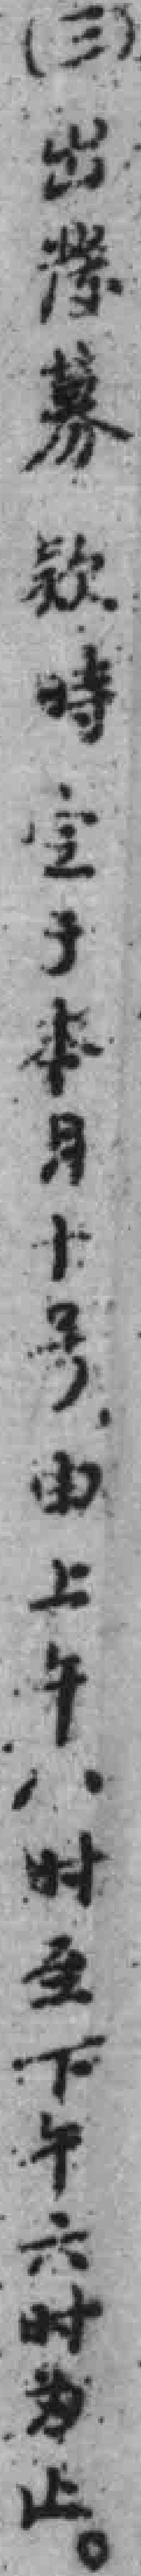
（三）出*募欵時定於本月十号，由上午八时至下午六时为止。